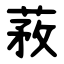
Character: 䓮